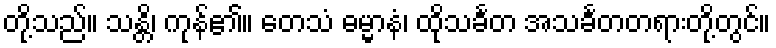
တို့သည်။ သန္တိ၊ ကုန်၏။ တေသံ ဓမ္မာနံ၊ ထိုသင်္ခတ အသင်္ခတတရားတို့တွင်။